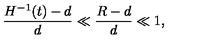
\frac { H ^ { - 1 } ( t ) - d } { d } \ll \frac { R - d } { d } \ll 1 ,